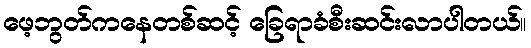
ဖေ့ဘွတ်ကနေတစ်ဆင့် ခြေရာခံစီးဆင်းလာပါတယ်။